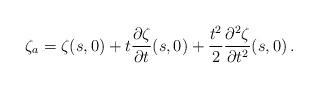
LaTeX: \begin{align*} \zeta_a = \zeta(s,0)+t\frac{\partial\zeta}{\partial t}(s,0)+\frac{t^2}{2}\frac{\partial^2\zeta}{\partial t^2}(s,0)\,.\end{align*}